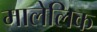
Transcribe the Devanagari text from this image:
मालेलिक